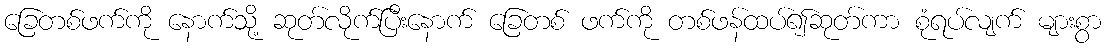
ခြေတစ်ဖက်ကို နောက်သို့ ဆုတ်လိုက်ပြီးနောက် ခြေတစ် ဖက်ကို တစ်ဖန်ထပ်၍ဆုတ်ကာ စုံရပ်လျက် များစွာ